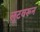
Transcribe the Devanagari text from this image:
लूटवरून